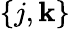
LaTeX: \{ j,\mathbf{k}\}